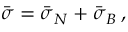
\bar { \boldsymbol { \sigma } } = \bar { \boldsymbol { \sigma } } _ { N } + \bar { \boldsymbol { \sigma } } _ { B } \, ,